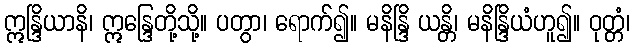
ဣန္ဒြိယာနိ၊ ဣန္ဒြေတို့သို့။ ပတွာ၊ ရောက်၍။ မနိန္ဒြိ ယန္တိ၊ မနိန္ဒြိယံဟူ၍။ ဝုတ္တံ၊